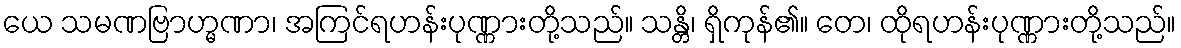
ယေ သမဏဗြာဟ္မဏာ၊ အကြင်ရဟန်းပုဏ္ဏားတို့သည်။ သန္တိ၊ ရှိကုန်၏။ တေ၊ ထိုရဟန်းပုဏ္ဏားတို့သည်။